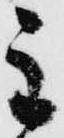
主